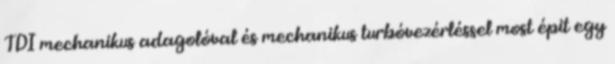
TDI mechanikus adagolóval és mechanikus turbóvezérléssel most épit egy